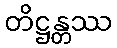
တိဋ္ဌန္တဿ